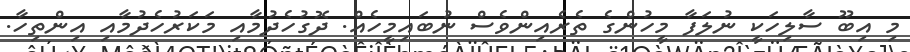
މި އިބޫ ސާލިހަކީ ނުލަފާ މީހުންގެ ތެރެއިންވެސް ނުބައިމީހެއް. ދޮގުހެދުމާއި މަކަރުހެދުމާއި އިންތިހާ.